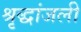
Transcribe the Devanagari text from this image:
श्रृद्धांजली